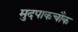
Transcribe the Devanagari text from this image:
मुदपाकचौक